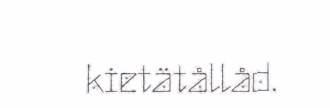
kietätållåd.